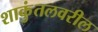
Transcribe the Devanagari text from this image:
शाकुंतलवरील